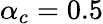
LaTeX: \alpha_{c}=0.5